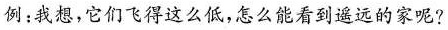
例：我想，它们飞得这么低，怎么能看到遥远的家呢?